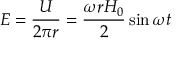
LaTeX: E = { \frac { U } { 2 \pi r } } = { \frac { \omega r H _ { 0 } } { 2 } } \sin \omega t